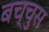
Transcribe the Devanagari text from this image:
बच्चुस